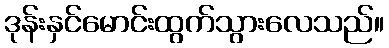
ဒုန်းနှင်မောင်းထွက်သွားလေသည်။